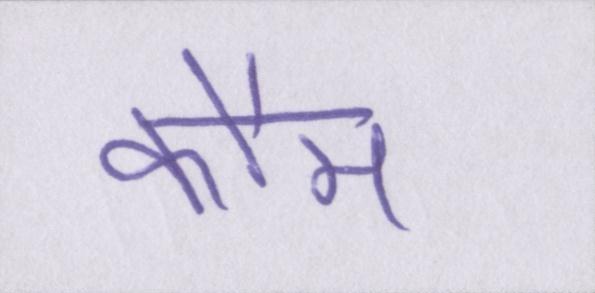
कौम